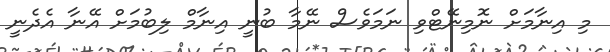
މި އިނާމަށް ނޮމިނޭޓްވި ނަމަވެސް ނޭމާ ބުނީ އިނާމް ލިބުމަށް އޭނާ އެދެނީ